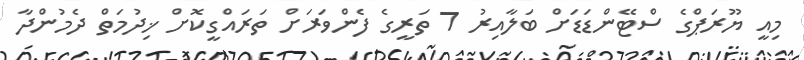
މިއީ ޔޫރަޕްގެ ސްޓޭންޑަޑަށް ބަލާއިރު 7 ތަރީގެ ފެންވަރަށް ތަރައްގީކޮށް ޚިދުމަތް ދެމުންދާ